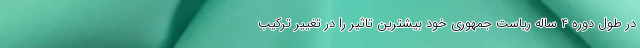
در طول دوره 4 ساله ریاست جمهوری خود بیشترین تاثیر را در تغییر ترکیب